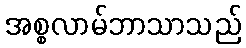
အစ္စလာမ်ဘာသာသည်